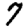
Digit: 7